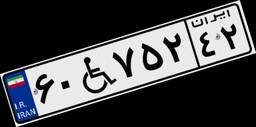
۶۰W۷۵۲۴۲